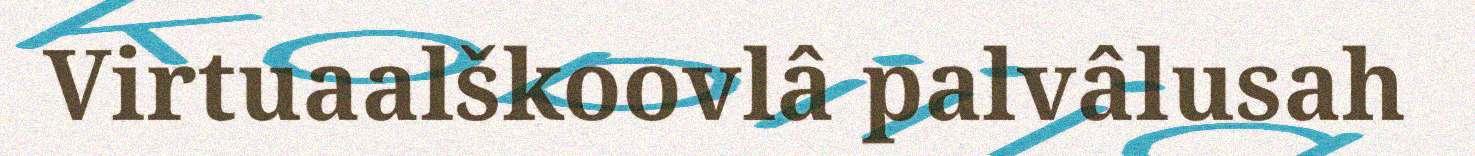
Virtuaalškoovlâ palvâlusah